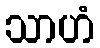
သာဟံ